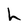
Character: h